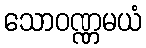
သောဝဏ္ဏမယံ